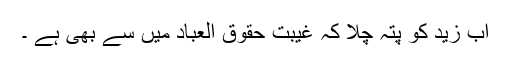
اب زید کو پتہ چلا کہ غیبت حقوق العباد میں سے بھی ہے ۔